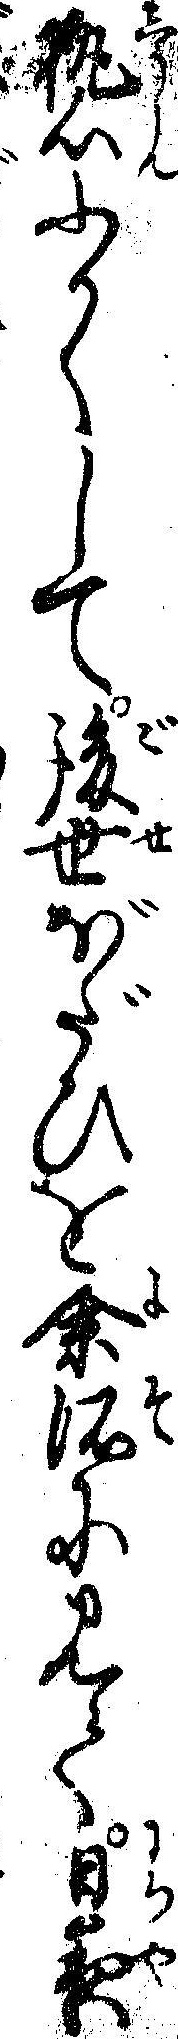
執心ふかくして後世ぼだひを余所に見て日夜